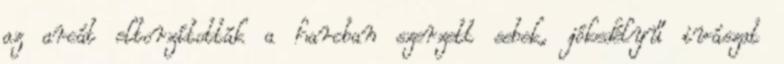
az arcát eltorzították a harcban szerzett sebek, jókedélyű ivászat